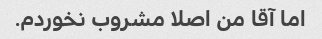
اما آقا من اصلا مشروب نخوردم.